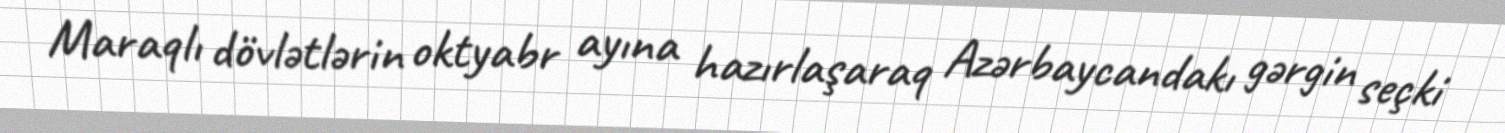
Maraqlı dövlətlərin oktyabr ayına hazırlaşaraq Azərbaycandakı gərgin seçki